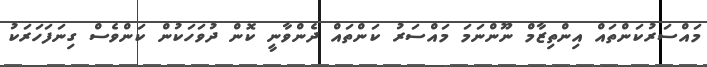
މައްސަރުކަންތައް އިންތިޒާމް ނޫންނަމަ މައްސަރު ކަންތައް ދެންވާނީ ކޮން ދުވަހަކުން ކަންވެސް ގިނަފަހަރަކު